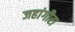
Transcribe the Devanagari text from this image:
जहांगीरा